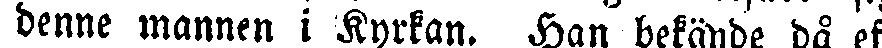
denne mannen i Kyrkan. Han bekände då ef-